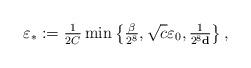
LaTeX: \begin{align*}\varepsilon_*:=\tfrac{1}{2C}\min\left\{\tfrac{\beta}{2^8},\sqrt{c}\varepsilon_0,\tfrac{1}{2^{8}\mathbf{d}}\right\},\end{align*}